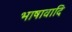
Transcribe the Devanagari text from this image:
भाषावादि